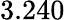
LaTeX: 3.240